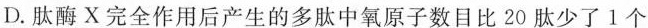
D.肽酶X完全作用后产生的多肽中氧原子数目比20肽少了1个